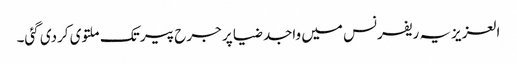
العزیزیہ ریفرنس میں واجد ضیا پر جرح پیر تک ملتوی کردی گئی۔